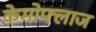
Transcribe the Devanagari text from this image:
केमोफ्लाज